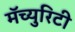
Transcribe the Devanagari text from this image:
मॅच्युरिटी